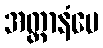
အတ္တာနံပေ